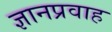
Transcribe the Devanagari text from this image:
ज्ञानप्रवाह